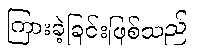
ကြားခဲ့ခြင်းဖြစ်သည်